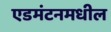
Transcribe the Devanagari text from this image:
एडमंटनमधील